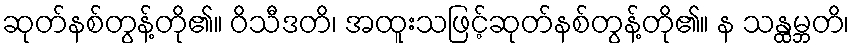
ဆုတ်နစ်တွန့်တို၏။ ဝိသီဒတိ၊ အထူးသဖြင့်ဆုတ်နစ်တွန့်တို၏။ န သန္ထမ္ဘတိ၊